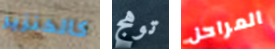
كالخنزير توهج المراحل